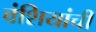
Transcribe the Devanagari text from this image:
वंशियांची